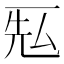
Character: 𰀐